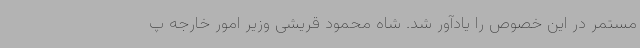
مستمر در این خصوص را یادآور شد. شاه محمود قریشی وزیر امور خارجه پ